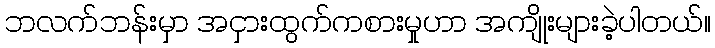
ဘလက်ဘန်းမှာ အငှားထွက်ကစားမှုဟာ အကျိုးများခဲ့ပါတယ်။